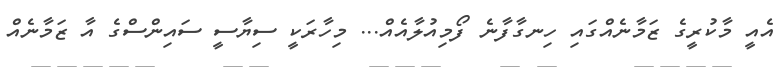
އެއީ މާކުރީގެ ޒަމާނެއްގައި ހިނގާފާނެ ފޯމިއުލާއެއް... މިހާރަކީ ސިޔާސީ ސައިންސްގެ އާ ޒަމާނެއް